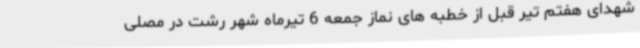
شهدای هفتم تیر قبل از خطبه های نماز جمعه 6 تیرماه شهر رشت در مصلی